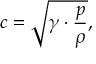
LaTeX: c = { \sqrt { \gamma \cdot { \frac { p } { \rho } } } } ,